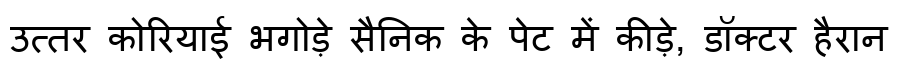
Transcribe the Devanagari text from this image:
उत्तर कोरियाई भगोड़े सैनिक के पेट में कीड़े, डॉक्टर हैरान